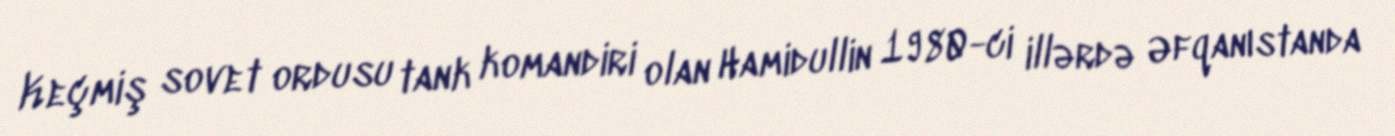
Keçmiş sovet ordusu tank komandiri olan Hamidullin 1980-ci illərdə Əfqanıstanda